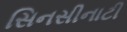
સિનસીનાટી